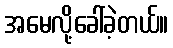
အမေလို့ခေါ်ခဲ့တယ်။